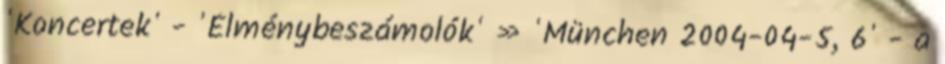
'Koncertek' - 'Élménybeszámolók' » 'München 2004-04-5, 6' - a